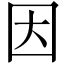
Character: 因